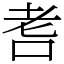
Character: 㖈